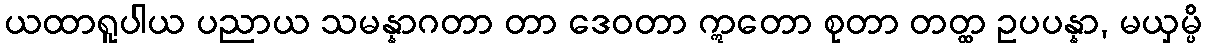
ယထာရူပါယ ပညာယ သမန္နာဂတာ တာ ဒေဝတာ ဣတော စုတာ တတ္ထ ဥပပန္နာ, မယှမ္ပိ